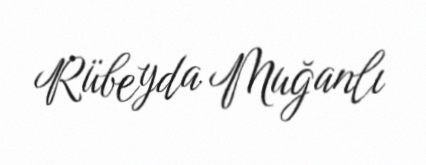
Rübeyda Muğanlı